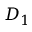
D _ { 1 }